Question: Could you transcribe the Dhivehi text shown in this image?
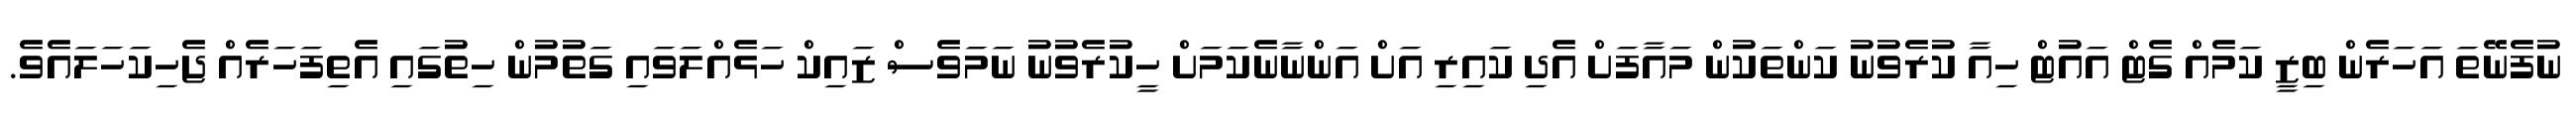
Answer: ނުފެނޭތަ އަހަރެން ބިޒީ ކަމެއް ގެޓް އައުޓް ހިއާ ކުރެވުނު ކަންތަކުން މައާފަށް އެދި ކައިރި އަށް އަންނާނެކަމަށް ހީކުރެވުނު ނަމަވެސް ޒައިކް ހަޅެއްލަވައި ގަތުމުން ހިތުގައި އެތިފަހަރެއް ޖެހިކަހަލައެވެ.